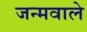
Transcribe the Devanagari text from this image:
जन्मवाले